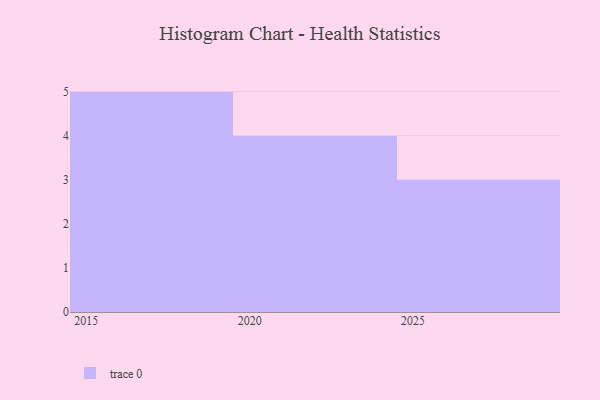
{"axis": {"x": "Year", "y": "Inventory Turnover"}, "legend": [""], "data": [{"x": "2016", "y": 86, "type": ""}, {"x": "2026", "y": 71, "type": ""}, {"x": "2023", "y": 59, "type": ""}, {"x": "2017", "y": 100, "type": ""}, {"x": "2019", "y": 43, "type": ""}, {"x": "2015", "y": 10, "type": ""}, {"x": "2020", "y": 94, "type": ""}, {"x": "2024", "y": 27, "type": ""}, {"x": "2027", "y": 15, "type": ""}, {"x": "2028", "y": 22, "type": ""}, {"x": "2022", "y": 94, "type": ""}, {"x": "2018", "y": 11, "type": ""}]}